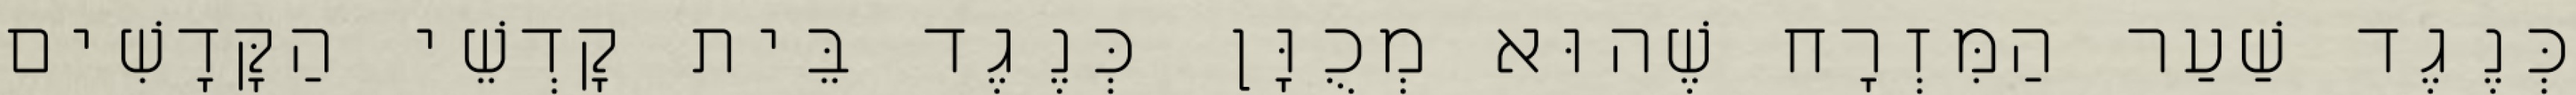
כְּנֶגֶד שַׁעַר הַמִּזְרָח שֶׁהוּא מְכֻוָּן כְּנֶגֶד בֵּית קָדְשֵׁי הַקָּדָשִׁים